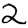
Digit: 2